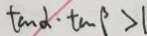
\tan \alpha \cdot \tan \beta > 1